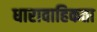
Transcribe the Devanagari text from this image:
धारावाहिकता